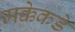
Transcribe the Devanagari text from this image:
मक्केकडे